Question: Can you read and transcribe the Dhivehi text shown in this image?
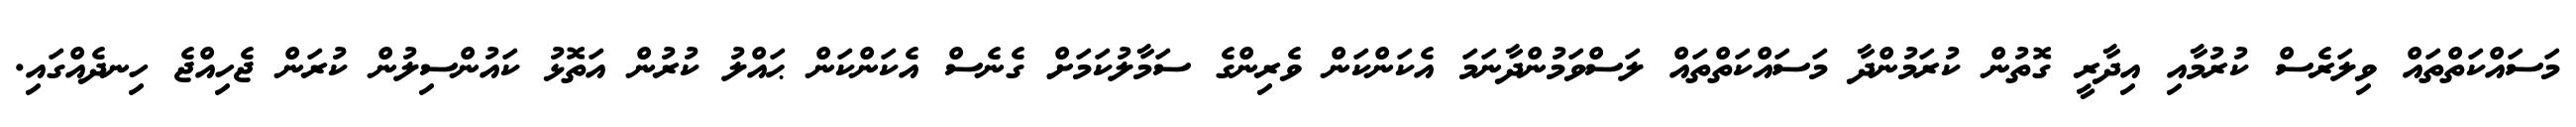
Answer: މަސައްކަތްތައް ވިލަރެސް ކުރުމާއި އިދާރީ ގޮތުން ކުރަމުންދާ މަސައްކަތްތައް ލަސްވަމުންދާނަމަ އެކަންކަން ވެރިންގެ ސަމާލުކަމަށް ގެނެސް އެކަންކަން ޙައްލު ކުރުން އަތޮޅު ކައުންސިލުން ކުރަން ޖެހިއްޖެ ހިނދެއްގައި.